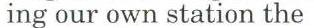
ing our own station the